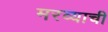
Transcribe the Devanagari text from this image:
मरव्याची